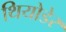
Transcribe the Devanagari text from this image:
थियोडेर